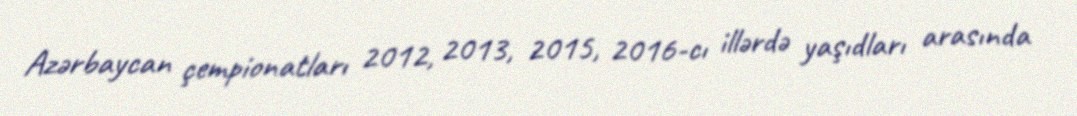
Azərbaycan çempionatları 2012, 2013, 2015, 2016-cı illərdə yaşıdları arasında